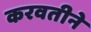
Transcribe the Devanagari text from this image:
करवतीने